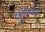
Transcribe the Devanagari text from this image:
पुडुचेरीमधील